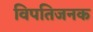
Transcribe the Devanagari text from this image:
विपतिजनक